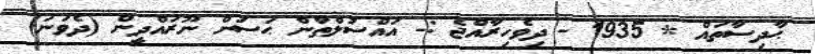
ޙާދިސާތައް * 1935 - ދިވެހިރާއްޖެ :- އައްސުލްޠާން ޙަސަން ނޫރައްދީން (ދެވަނަ)